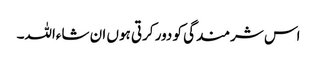
اس شرمندگی کو دور کرتی ہوں ان شاءاللہ۔